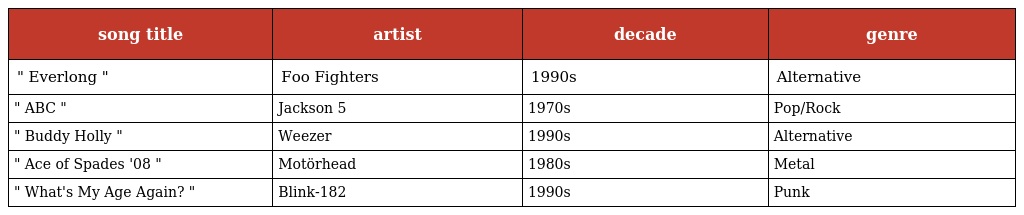
| song title | artist | decade | genre |
 | --- | --- | --- | --- |
 | " Everlong " | Foo Fighters | 1990s | Alternative |
 | " ABC " | Jackson 5 | 1970s | Pop/Rock |
 | " Buddy Holly " | Weezer | 1990s | Alternative |
 | " Ace of Spades '08 " | Motörhead | 1980s | Metal |
 | " What's My Age Again? " | Blink-182 | 1990s | Punk |